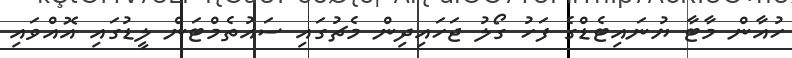
ހުއާން މާޓާ ޔުނައިޓެޑްގެ ފަހު ގޯލު ޖަހައިދިން މެޗުގައި ސައުތެމްޓަން ލީޑުގައި އޮއްވައި